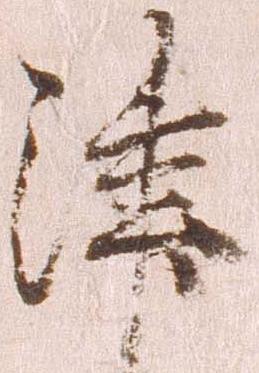
津